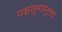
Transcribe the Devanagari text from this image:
पञ्चसूनापनुत्तये